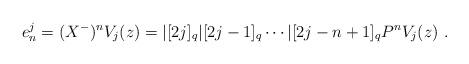
LaTeX: \begin{align*}e_n^j = (X^-)^nV_j(z) =|[2j]_q|[2j-1]_q \cdots|[2j-n+1]_q P^nV_j(z)~.\end{align*}